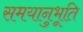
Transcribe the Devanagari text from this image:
समयानुभूति